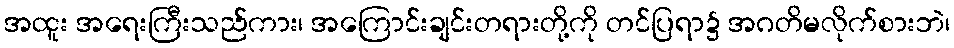
အထူး အရေးကြီးသည်ကား၊ အကြောင်းချင်းတရားတို့ကို တင်ပြရာ၌ အဂတိမလိုက်စားဘဲ၊